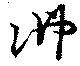
沸